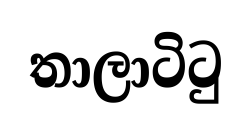
තාලාටිටු